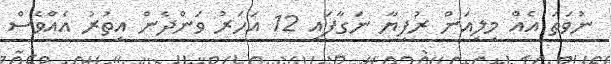
ނުވަތަ އެއް މިލިއަން ރުފިޔާ ނަގާފައި 12 އަހަރު ވަންދެން އިތުރު އެއްވެސް